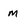
Character: M